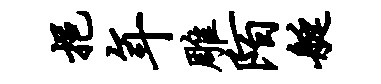
挹年雕陌艇